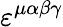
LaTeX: \varepsilon^{\mu\alpha\beta\gamma}